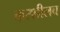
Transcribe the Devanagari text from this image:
करशीलच